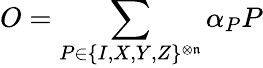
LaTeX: O=\sum_{P\in\{ I,X,Y,Z\} ^{\otimes\mathfrak{n}}}\alpha_{P}P